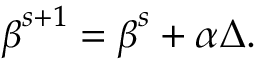
{ \boldsymbol { \beta } } ^ { s + 1 } = { \boldsymbol { \beta } } ^ { s } + \alpha \Delta .